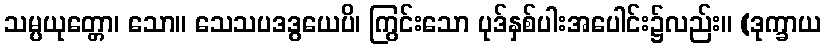
သမ္ပယုတ္တော၊ သော။ သေသပဒဒွယေပိ၊ ကြွင်းသော ပုဒ်နှစ်ပါးအပေါင်း၌လည်း။ (ဒုက္ခာယ